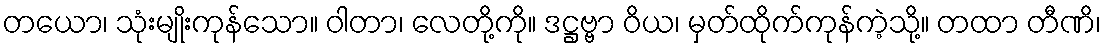
တယော၊ သုံးမျိုးကုန်သော။ ဝါတာ၊ လေတို့ကို။ ဒဋ္ဌဗ္ဗာ ဝိယ၊ မှတ်ထိုက်ကုန်ကဲ့သို့။ တထာ တီဏိ၊